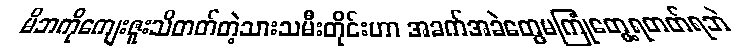
မိဘကိုကျေးဇူးသိတတ်တဲ့သားသမီးတိုင်းဟာ အခက်အခဲတွေမကြုံတွေ့ရတတ်ရဘဲ